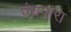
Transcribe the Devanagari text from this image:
पंचपारा